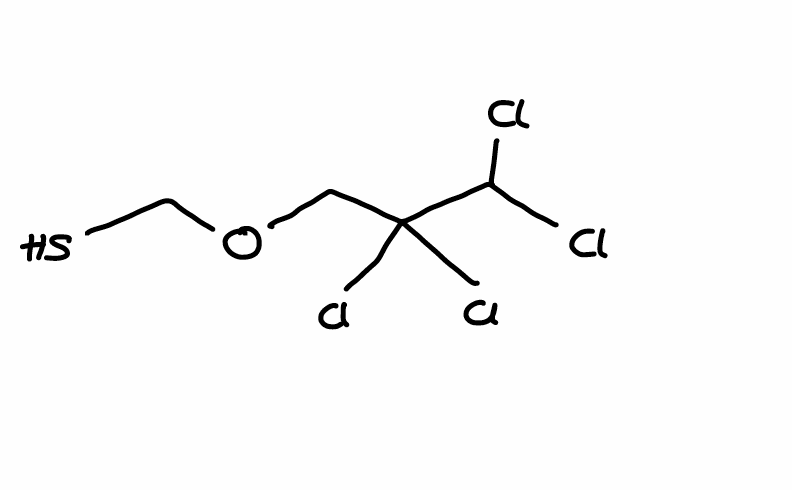
Simplified molecular-input line-entry system (SMILES) notation of the given molecule:
C(C(C(Cl)Cl)(Cl)Cl)OCS